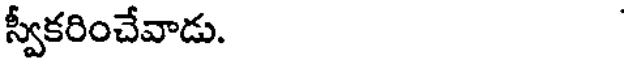
స్వీకరించేవాడు.